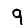
Digit: 9